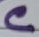
Text: C